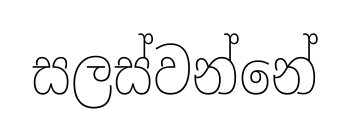
සලස්වන්නේ